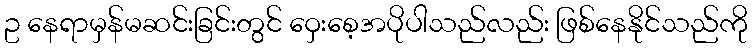
ဥ နေရာမှန်မဆင်းခြင်းတွင် ဝှေးစေ့အပိုပါသည်လည်း ဖြစ်နေနိုင်သည်ကို